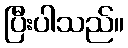
ပြီးပါသည်။